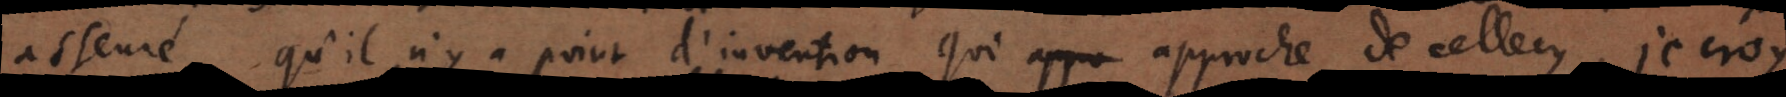
asseuré qu’il n’y a point d’invention qui approche de cellecy, je croy